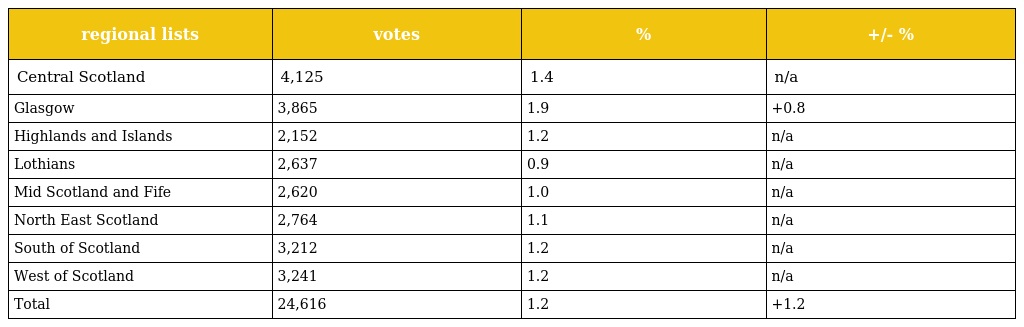
| regional lists | votes | % | +/- % |
 | --- | --- | --- | --- |
 | Central Scotland | 4,125 | 1.4 | n/a |
 | Glasgow | 3,865 | 1.9 | +0.8 |
 | Highlands and Islands | 2,152 | 1.2 | n/a |
 | Lothians | 2,637 | 0.9 | n/a |
 | Mid Scotland and Fife | 2,620 | 1.0 | n/a |
 | North East Scotland | 2,764 | 1.1 | n/a |
 | South of Scotland | 3,212 | 1.2 | n/a |
 | West of Scotland | 3,241 | 1.2 | n/a |
 | Total | 24,616 | 1.2 | +1.2 |